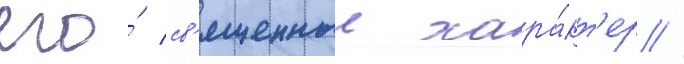
его́ св'ященныи хара́кт'ер //